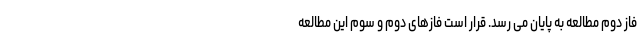
فاز دوم مطالعه به پایان می رسد. قرار است فازهای دوم و سوم این مطالعه